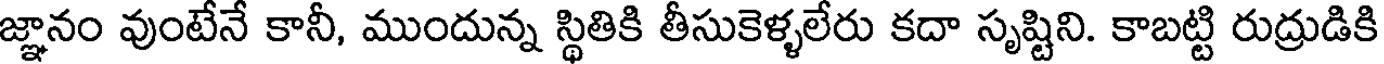
జ్ఞానం వుంటేనే కానీ, ముందున్న స్థితికి తీసుకెళ్ళలేరు కదా సృష్టిని. కాబట్టి రుద్రుడికి